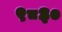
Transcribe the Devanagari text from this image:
९८३०